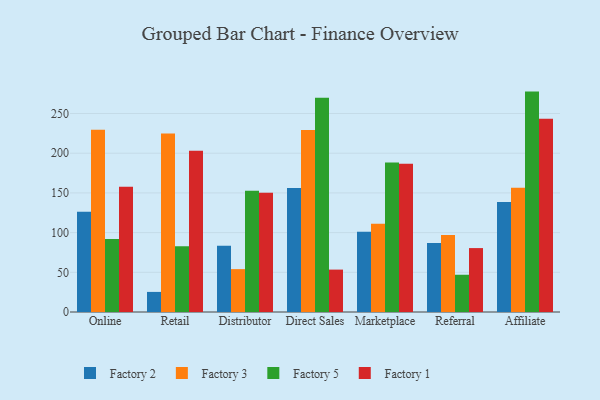
{"axis": {"x": "Channel", "y": "Market Share (%)"}, "legend": ["Factory 1", "Factory 2", "Factory 3", "Factory 5"], "data": [{"x": "Online", "y": 126.3, "type": "Factory 2"}, {"x": "Online", "y": 229.6, "type": "Factory 3"}, {"x": "Online", "y": 91.9, "type": "Factory 5"}, {"x": "Online", "y": 157.8, "type": "Factory 1"}, {"x": "Retail", "y": 25.3, "type": "Factory 2"}, {"x": "Retail", "y": 224.8, "type": "Factory 3"}, {"x": "Retail", "y": 82.8, "type": "Factory 5"}, {"x": "Retail", "y": 203.1, "type": "Factory 1"}, {"x": "Distributor", "y": 83.3, "type": "Factory 2"}, {"x": "Distributor", "y": 54.0, "type": "Factory 3"}, {"x": "Distributor", "y": 152.6, "type": "Factory 5"}, {"x": "Distributor", "y": 150.2, "type": "Factory 1"}, {"x": "Direct Sales", "y": 156.3, "type": "Factory 2"}, {"x": "Direct Sales", "y": 229.1, "type": "Factory 3"}, {"x": "Direct Sales", "y": 269.8, "type": "Factory 5"}, {"x": "Direct Sales", "y": 53.4, "type": "Factory 1"}, {"x": "Marketplace", "y": 101.0, "type": "Factory 2"}, {"x": "Marketplace", "y": 111.1, "type": "Factory 3"}, {"x": "Marketplace", "y": 188.4, "type": "Factory 5"}, {"x": "Marketplace", "y": 186.8, "type": "Factory 1"}, {"x": "Referral", "y": 86.8, "type": "Factory 2"}, {"x": "Referral", "y": 96.9, "type": "Factory 3"}, {"x": "Referral", "y": 46.9, "type": "Factory 5"}, {"x": "Referral", "y": 80.5, "type": "Factory 1"}, {"x": "Affiliate", "y": 138.4, "type": "Factory 2"}, {"x": "Affiliate", "y": 156.5, "type": "Factory 3"}, {"x": "Affiliate", "y": 277.6, "type": "Factory 5"}, {"x": "Affiliate", "y": 243.4, "type": "Factory 1"}]}